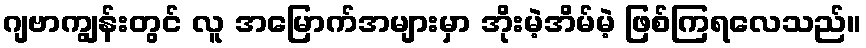
ဂျဗာကျွန်းတွင် လူ အမြောက်အများမှာ အိုးမဲ့အိမ်မဲ့ ဖြစ်ကြရလေသည်။